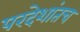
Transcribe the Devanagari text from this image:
परदेशांतच